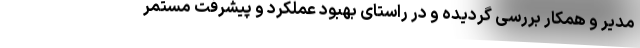
مدیر و همکار بررسی گردیده و در راستای بهبود عملکرد و پیشرفت مستمر